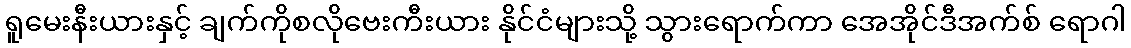
ရူမေးနီးယားနှင့် ချက်ကိုစလိုဗေးကီးယား နိုင်ငံများသို့ သွားရောက်ကာ အေအိုင်ဒီအက်စ် ရောဂါ